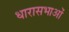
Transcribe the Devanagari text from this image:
धारासभाओं